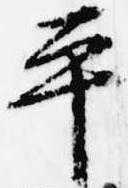
平